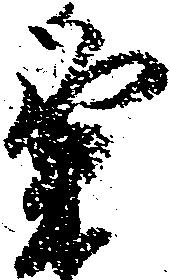
粟